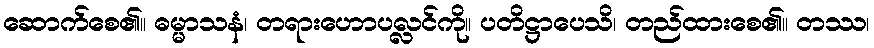
ဆောက်စေ၏။ ဓမ္မာသနံ၊ တရားဟောပလ္လင်ကို။ ပတိဋ္ဌာပေသိ၊ တည်ထားစေ၏။ တဿ၊